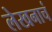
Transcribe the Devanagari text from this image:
लेखनाचं